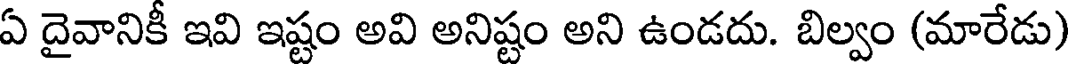
ఏ దైవానికీ ఇవి ఇష్టం అవి అనిష్టం అని ఉండదు. బిల్వం (మారేడు)